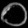
Digit: ၀